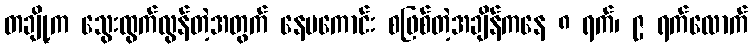
တချို့က သွေးထွက်လွန်တဲ့အတွက် နေမကောင်း စဖြစ်တဲ့အချိန်ကနေ ၈ ရက်၊ ၉ ရက်လောက်